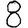
Digit: 8